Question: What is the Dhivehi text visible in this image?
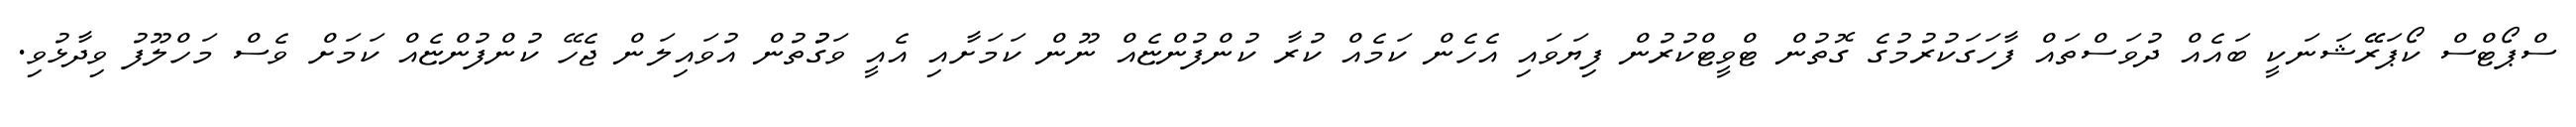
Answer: ސްޕޯޓްސް ކޯޕަރޭޭޝަނަކީ ބައެއް ދުވަސްތައް ފާހަގަކުރުމުގެ ގޮތުން ޓްވީޓްކުރުން ފިޔަވައި އެހެން ކަމެއް ކުރާ ކުންފުންޏެއް ނޫން ކަމަށާއި އެއީ ވަގުުތުން އުވައިލަން ޖެހޭ ކުންފުންޏެއް ކަމަށް ވެސް މަހްލޫފު ވިދާޅުވި.